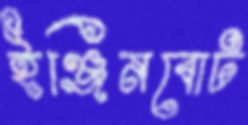
ইঞ্জিনবোট